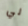
لي